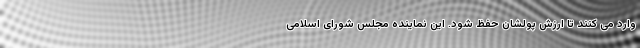
وارد می کنند تا ارزش پولشان حفظ شود. این نماینده مجلس شورای اسلامی